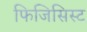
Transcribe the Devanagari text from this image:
फिजिसिस्ट